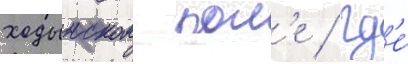
ходынском пол'е / гд'е́